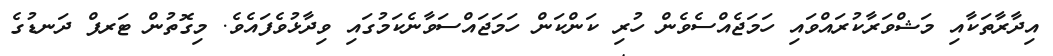
އިދާރާތަކާއި މަޝްވަރާކުރައްވައި ހަމަޖެއްސެވެން ހުރި ކަންކަން ހަމަޖައްސަވާނެކަމުގައި ވިދާޅުވެފައެވެ. މިގޮތުން ޓަރފް ދަނޑުގެ